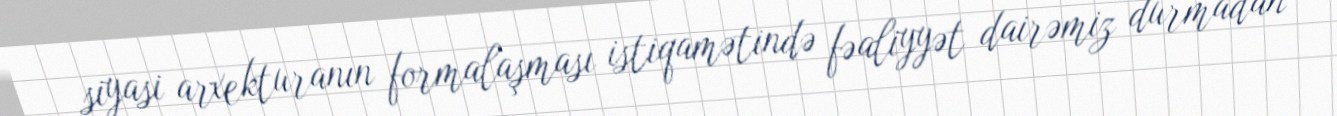
siyasi arxekturanın formalaşması istiqamətində fəaliyyət dairəmiz durmadan